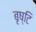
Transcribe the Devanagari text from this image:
बृष्टि